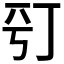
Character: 𠀩